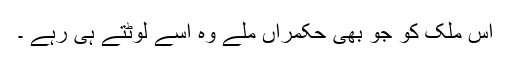
اس ملک کو جو بھی حکمراں ملے وہ اسے لوٹتے ہی رہے ۔